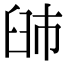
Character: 䑔